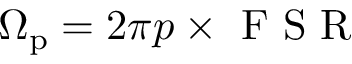
\Omega _ { \mathrm { p } } = 2 \pi p \times \mathrm { ~ F ~ S ~ R ~ }